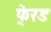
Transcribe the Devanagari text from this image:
फे्रड